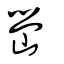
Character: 嶨